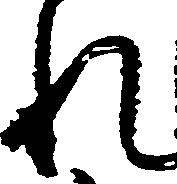
れ